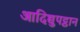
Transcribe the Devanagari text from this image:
आदिच्चुपट्ठान